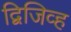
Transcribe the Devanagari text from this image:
द्विजिव्ह